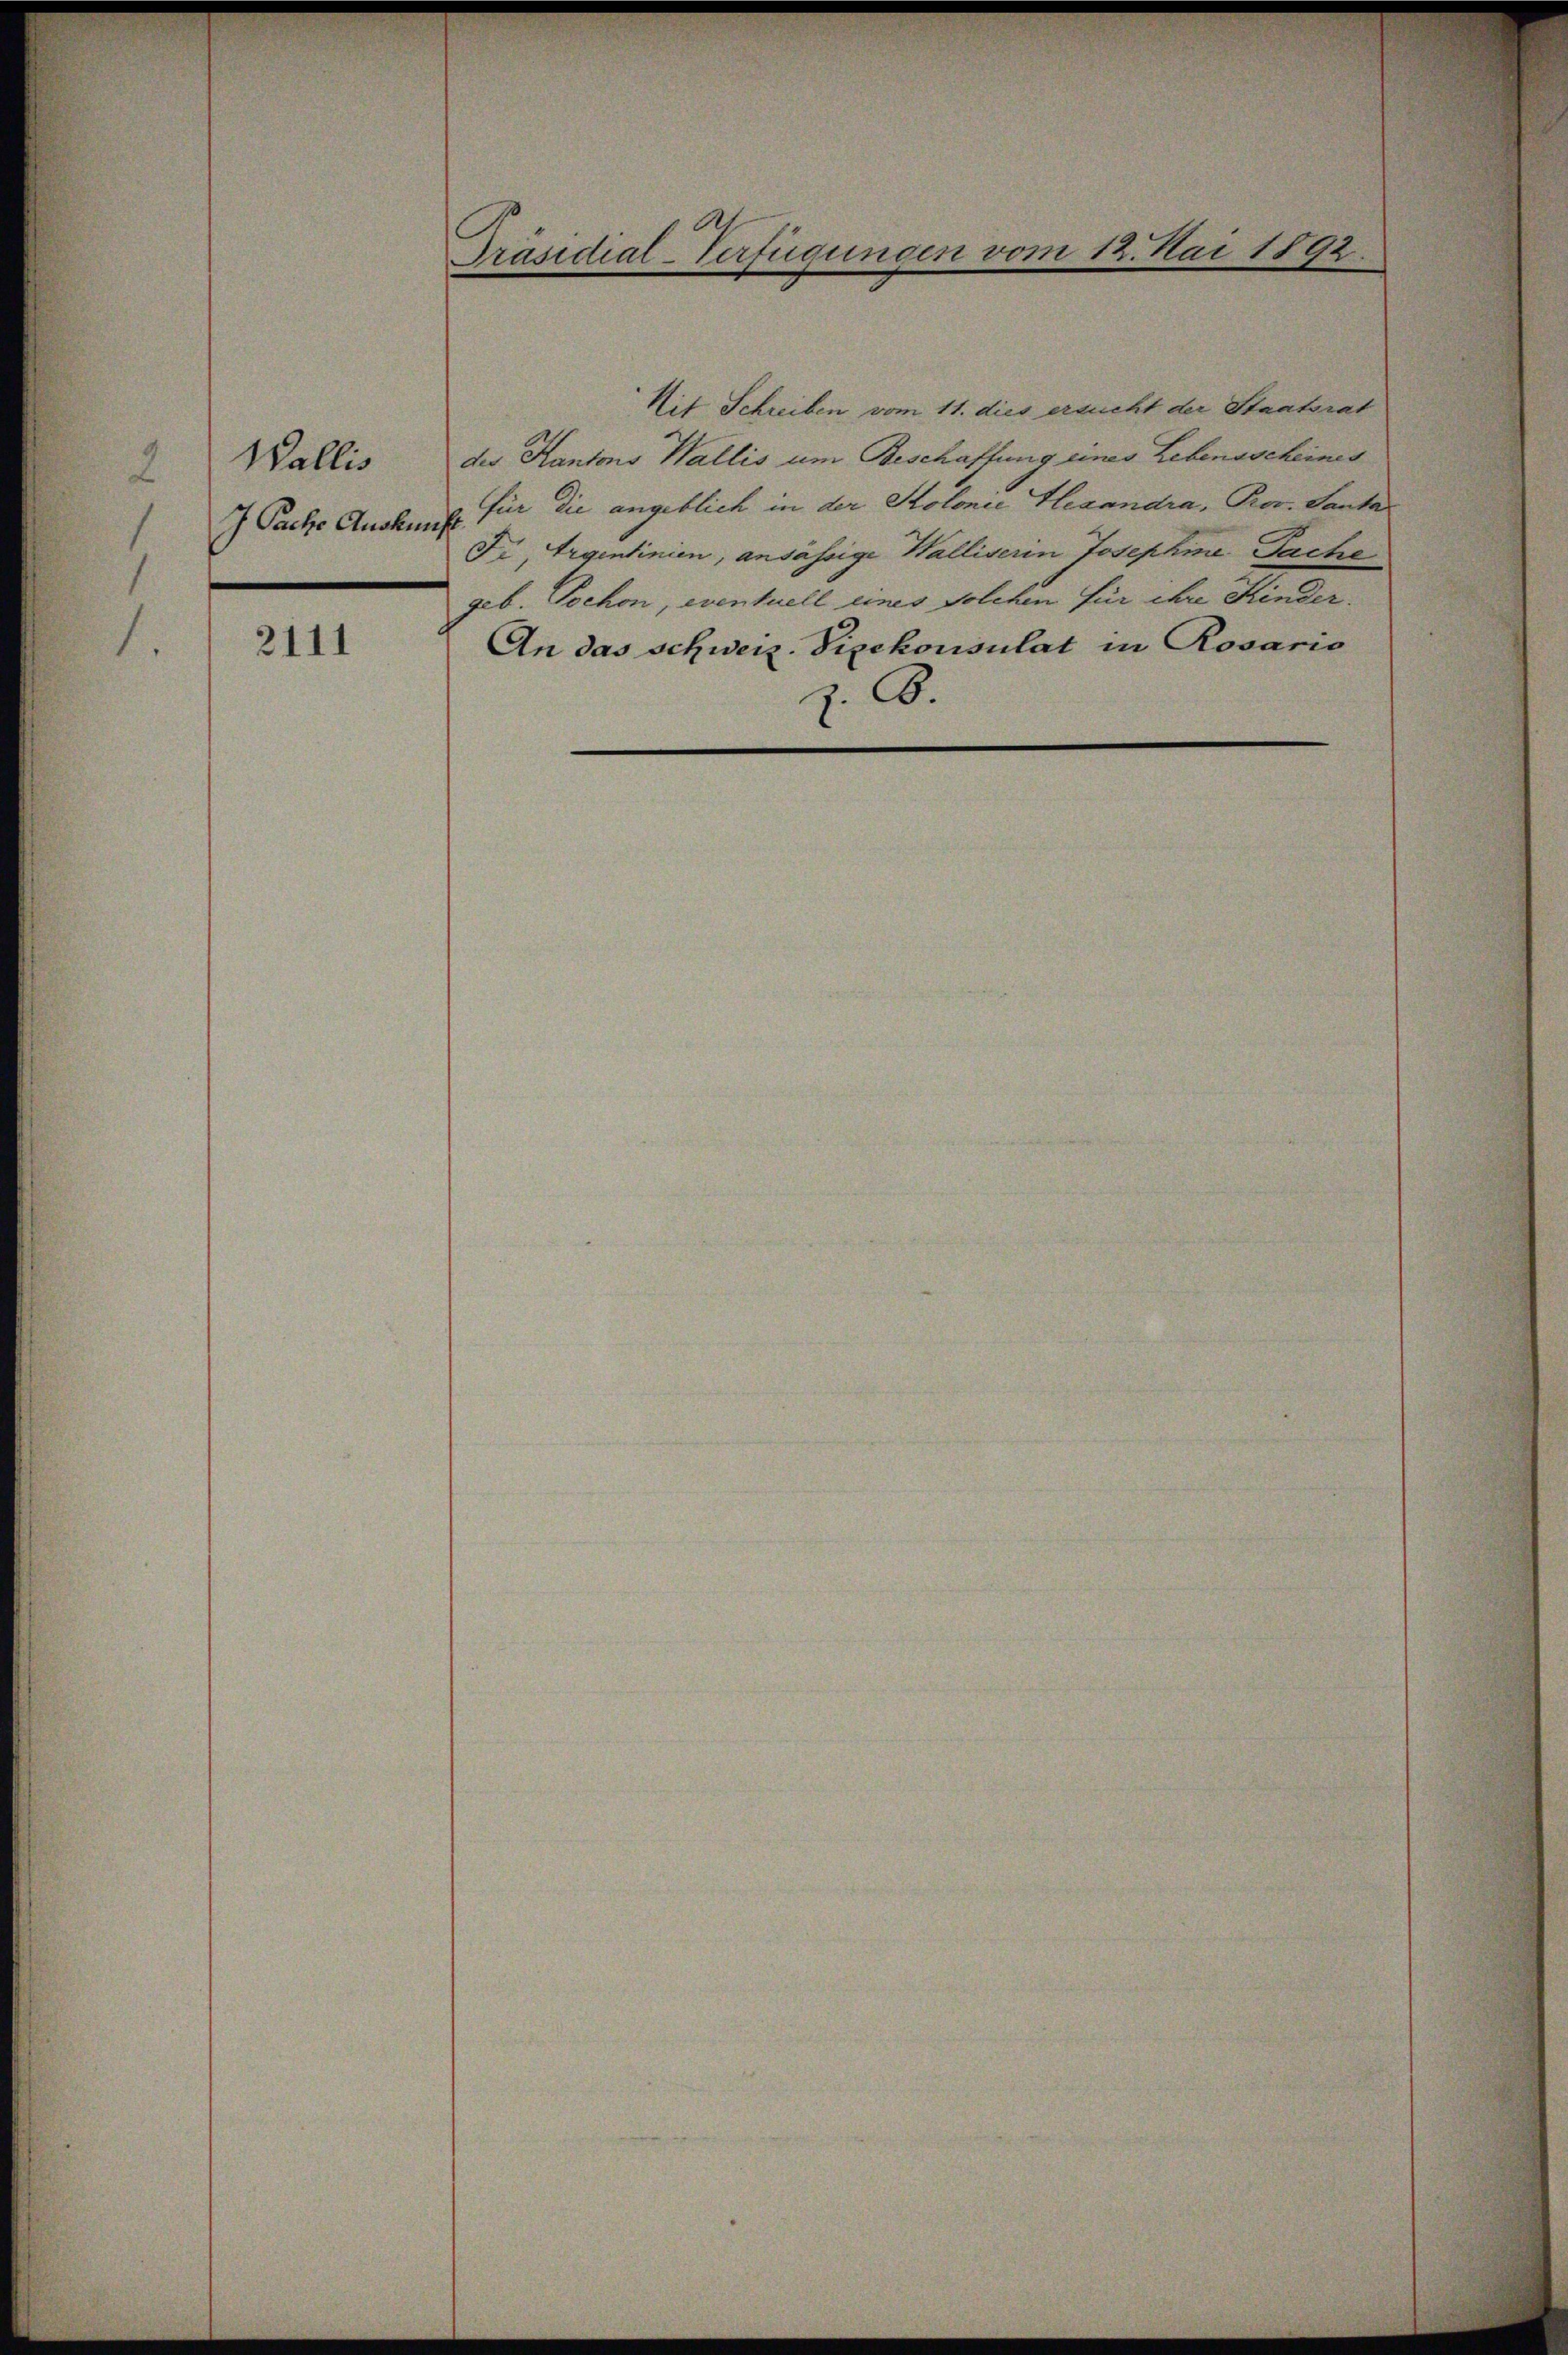
Wallis
2
J Pache Auskunft.

2111

Präsidial-Verfügungen vom 12. Mai 1892.

Nit Schreiben vom 11. dies ersucht der Staatsrat
des Kantons Wallis um Beschaffung eines Lebensscheines
für die angeblich in der Kolonie Gesandra, Prov. Santas
Fr., Argentinien, ansässige Walliserin Josephine Fache
geb. Tochon, eventuell eines solchen für ihre Kinder
An das schweiz. Vizekonsulat in Rosario
z. B.